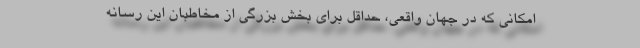
امکانی که در جهان واقعی، حداقل برای بخش بزرگی از مخاطبان این رسانه